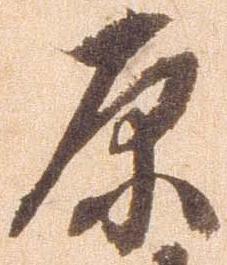
原